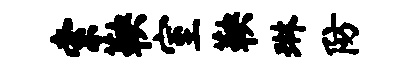
索鞅室鞅琳防